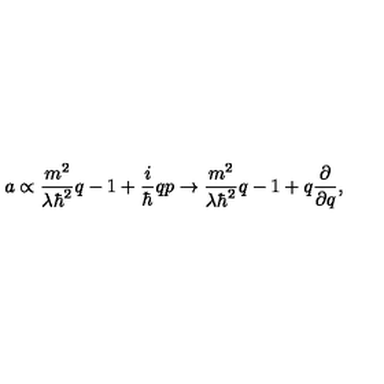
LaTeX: a \propto \frac { m ^ { 2 } } { \lambda \hbar ^ { 2 } } q - 1 + \frac { i } { \hbar } q p \rightarrow \frac { m ^ { 2 } } { \lambda \hbar ^ { 2 } } q - 1 + q \frac { \partial } { \partial q } ,